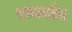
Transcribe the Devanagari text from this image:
रत्नघोष